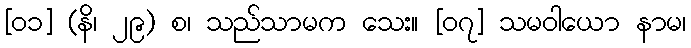
[၀၁] (နိ၊ ၂၉) စ၊ သည်သာမက သေး။ [၀၇] သမဝါယော နာမ၊